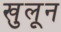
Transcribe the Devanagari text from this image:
खुलून